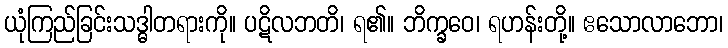
ယုံကြည်ခြင်းသဒ္ဓါတရားကို။ ပဋိလဘတိ၊ ရ၏။ ဘိက္ခဝေ၊ ရဟန်းတို့။ ဧသောလာဘော၊